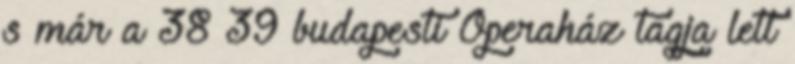
s már a 38 39 budapesti Operaház tagja lett